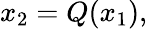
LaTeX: x_{2}=Q(x_{1}),